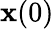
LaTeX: {\textbf{x}}(0)